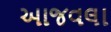
આજવલા